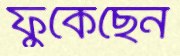
ফুঁকেছেন